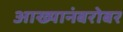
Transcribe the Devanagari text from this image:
आख्यानंबरोबर